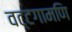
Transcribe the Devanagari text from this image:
वट्टगामणि